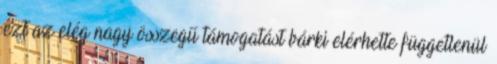
ezt az elég nagy összegű támogatást bárki elérhette függetlenül